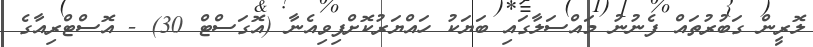
ލޮރީން ގަބުރުތައް ފެނުނު މައްސަލާގައި ބަޔަކު ހައްޔަރުކޮށްފިވިއެނާ (އޮގަސްޓް 30) - އޮސްޓްރިއާގެ